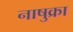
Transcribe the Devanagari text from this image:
नाषुक्रा